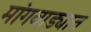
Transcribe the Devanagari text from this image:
मांगवाड्यात